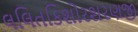
લલિતકિશોરશરણજી